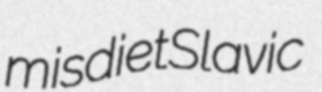
misdiet Slavic